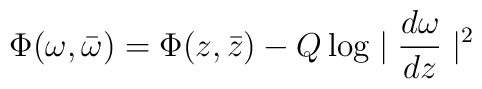
\Phi(\omega,\bar{\omega})=\Phi(z,\bar{z})-Q \log\mid\frac{d\omega}{dz}\mid^2